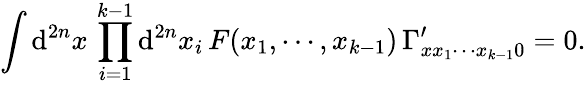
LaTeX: \int\mathrm{d}^{2n}x\, \prod_{i=1}^{k-1}\mathrm{d}^{2n}x_{i}\, F(x_{1},\cdots,x_{k-1})\, \Gamma_{xx_{1}\cdots x_{k-1}0}^{\prime}=0.